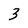
Character: 3